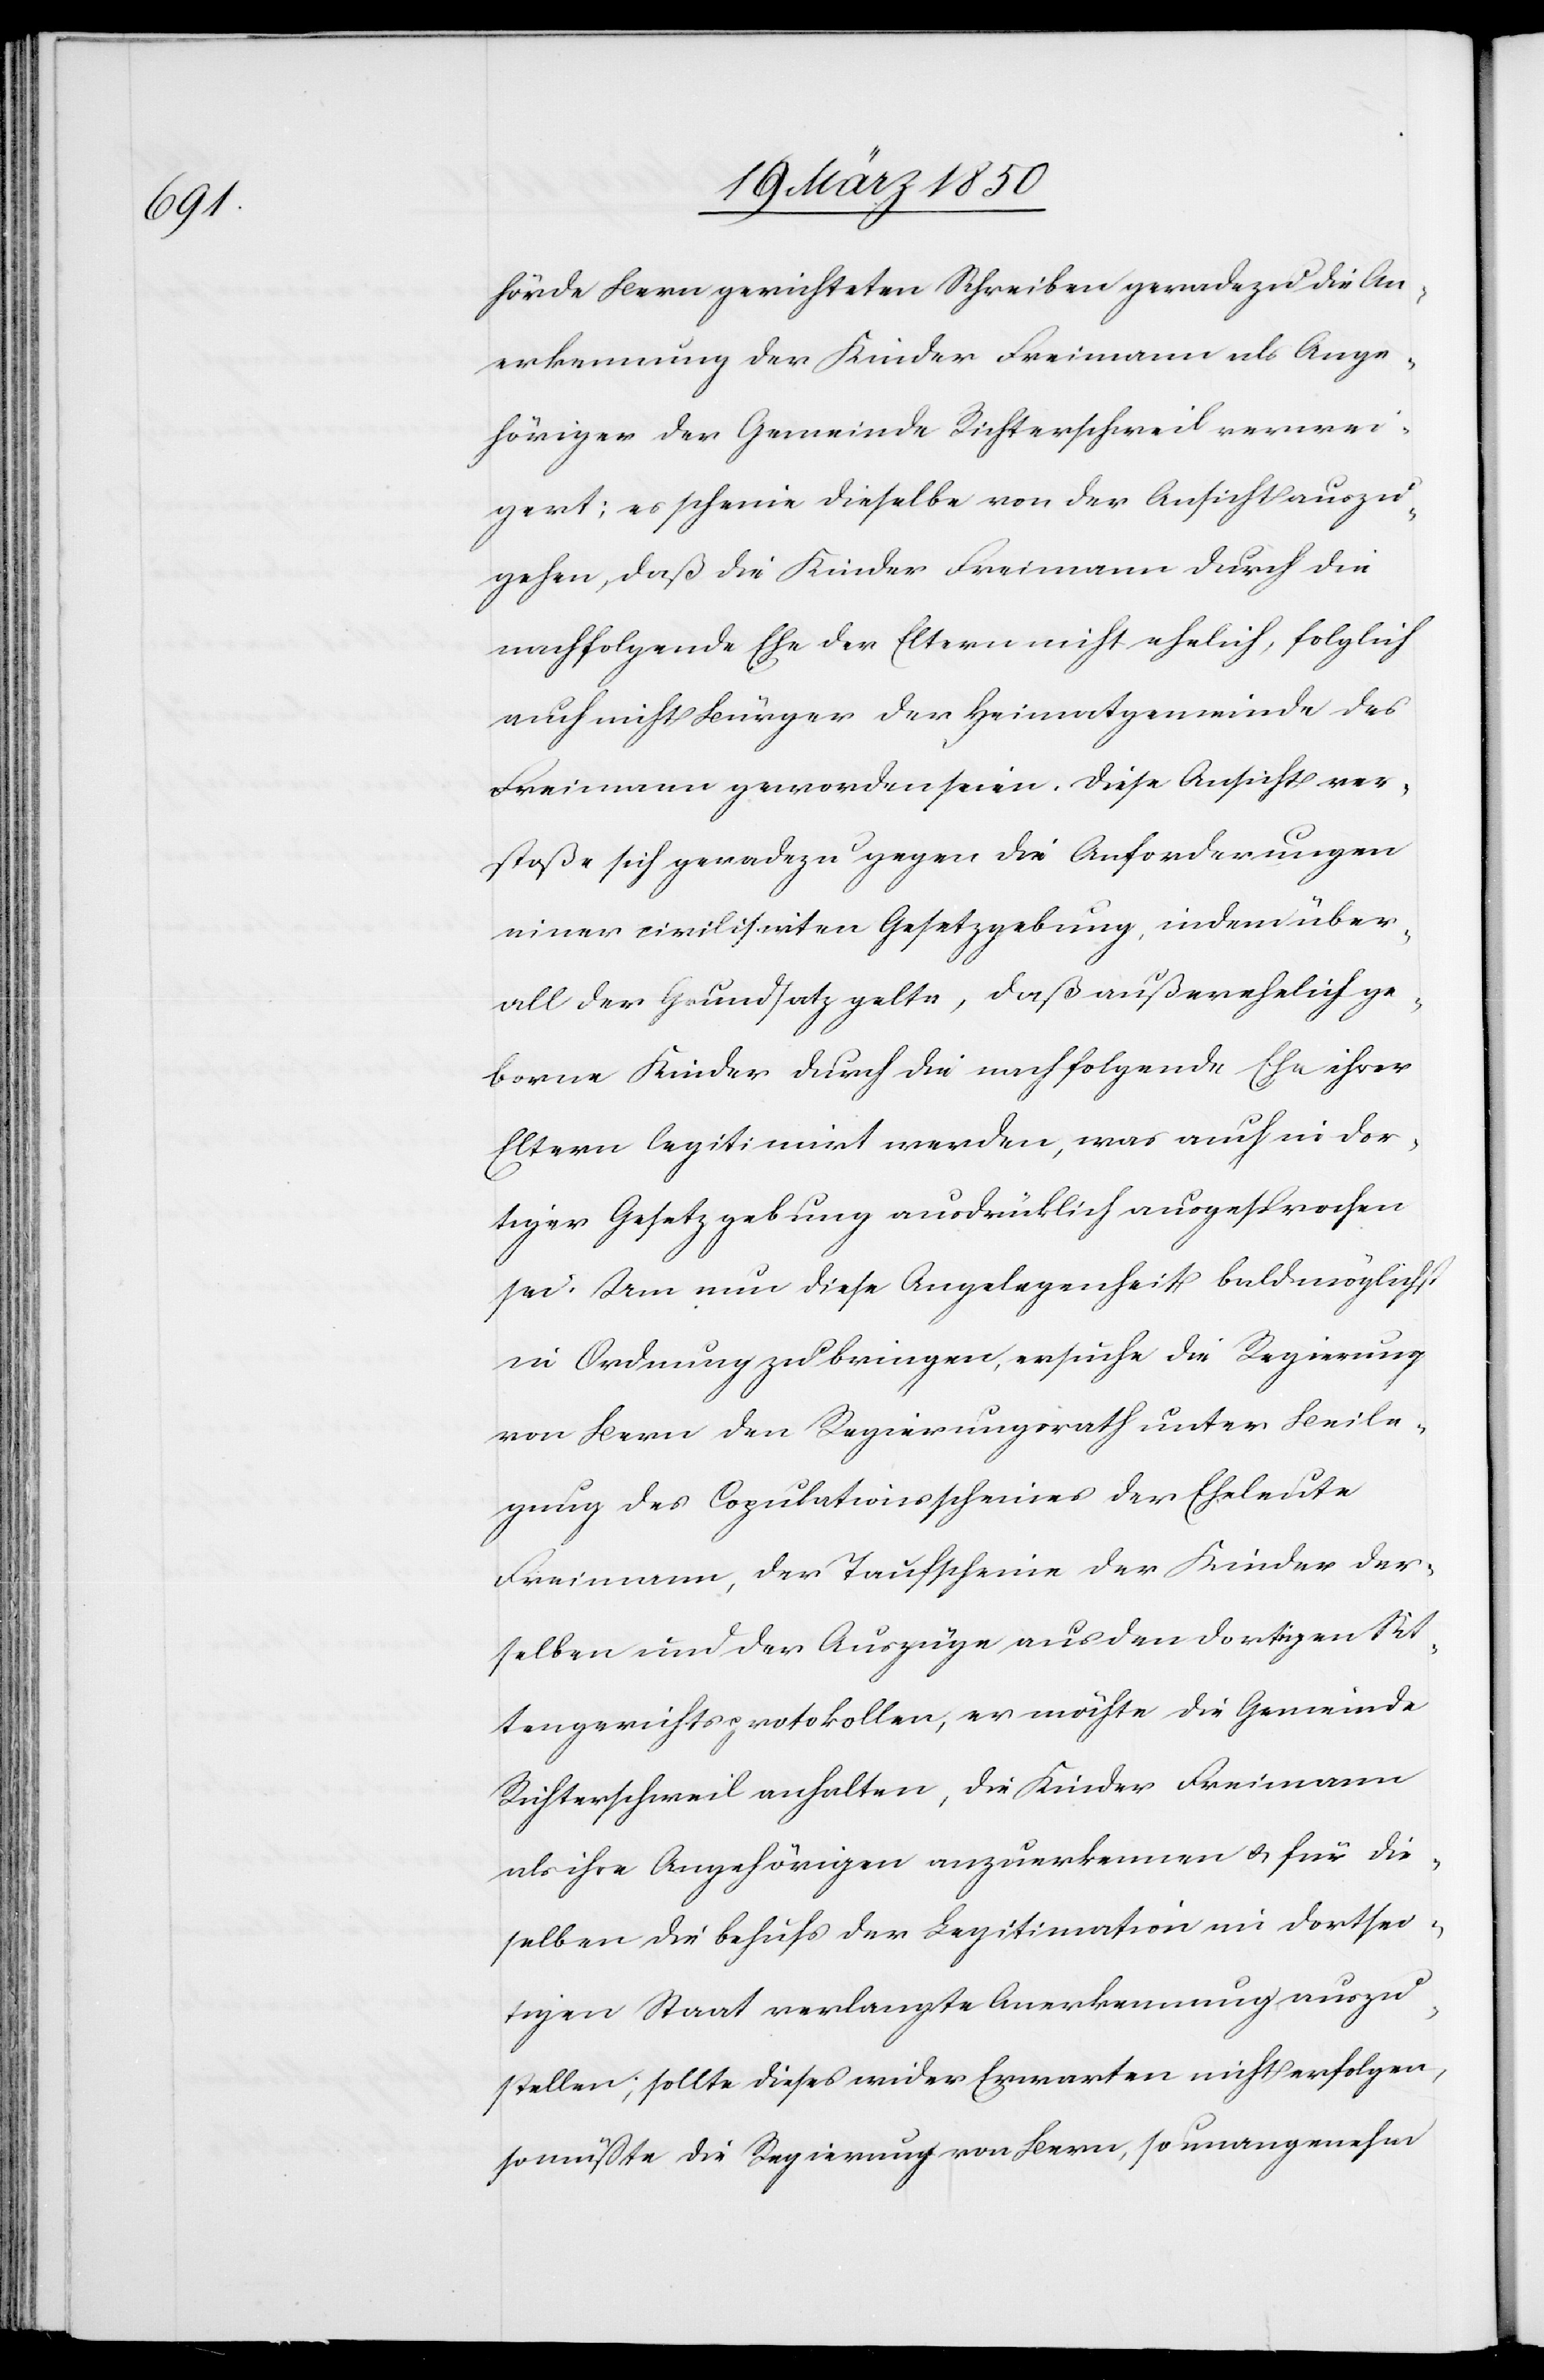
hörde Bern gerichteten Schreiben geradezu die An¬
erkennung der Kinder Freimann als Ange¬
höriger der Gemeinde Richterschweil verwei¬
gert; es scheine dieselbe von der Ansicht auszu¬
gehen, daß die Kinder Freimann durch die
nachfolgende Ehe der Eltern nicht ehelich, folglich
auch nicht Bürger der Heimatgemeinde des
Freimann geworden seien. Diese Ansicht ver¬
stoße sich geradezu gegen die Anforderungen
einer civilisirten Gesetzgebung, indem über¬
all der Grundsatz gelte, daß außerehelich ge¬
borne Kinder durch die nachfolgende Ehe ihrer
Eltern legitimirt werden, was auch in dor¬
tiger Gesetzgebung ausdrücklich ausgesprochen
sei. Um nun diese Angelegenheit baldmöglichst
in Ordnung zu bringen, ersuche die Regierung
von Bern den Regierungsrath unter Beile¬
gung des Copulationsscheines der Eheleute
Freimann, der Taufscheine der Kinder der¬
selben und der Auszüge aus den dortigen Sit¬
tengerichtsprotokollen, er möchte die Gemeinde
Richterschweil anhalten, die Kinder Freimann
als ihre Angehörigen anzuerkennen u. für die¬
selben die behufs der Legitimation im dortsei¬
tigen Staat verlangte Anerkennung auszu¬
stellen; sollte dieses wider Erwarten nicht erfolgen,
so müßte die Regierung von Bern, so unangenehm